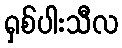
ရှစ်ပါးသီလ